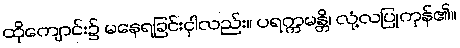
ထိုကျောင်း၌ မနေရခြင်းငှါလည်း။ ပရက္ကမန္တိ၊ လုံ့လပြုကုန်၏။